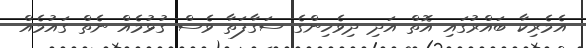
އެމެރިކާ ބައްރުގައި އޮތް އަދި ދިވެހިންގެ ސަގާފަތާ ވެސް ގުޅުމެއް ނެތް ގައުމެއް